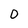
Character: 0